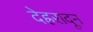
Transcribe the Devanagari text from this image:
देह्ररादून